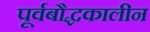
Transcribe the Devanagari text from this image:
पूर्वबौद्धकालीन